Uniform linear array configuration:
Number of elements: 64
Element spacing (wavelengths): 0.75
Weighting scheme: blackman
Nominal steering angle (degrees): -60
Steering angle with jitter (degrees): -61.042
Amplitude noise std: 0.05
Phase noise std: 0.05

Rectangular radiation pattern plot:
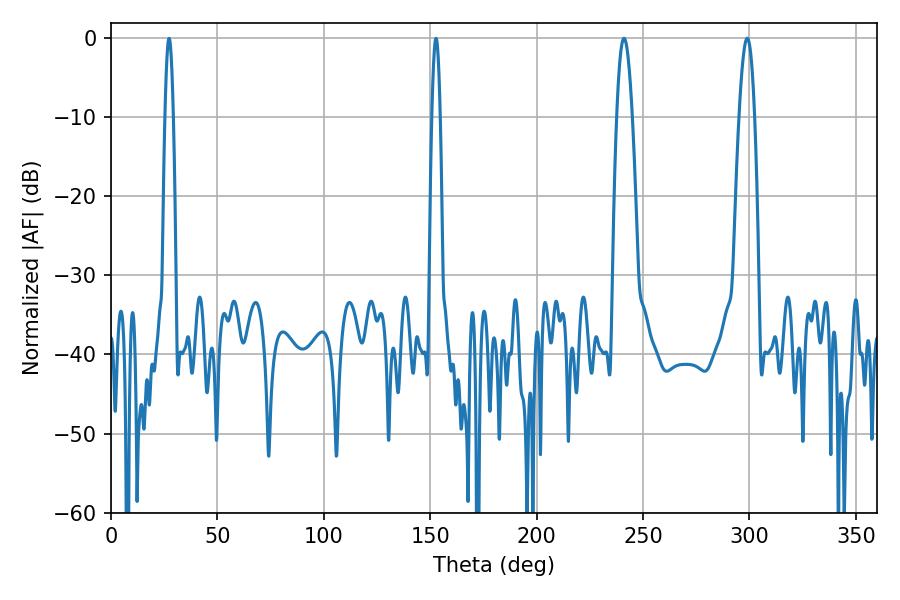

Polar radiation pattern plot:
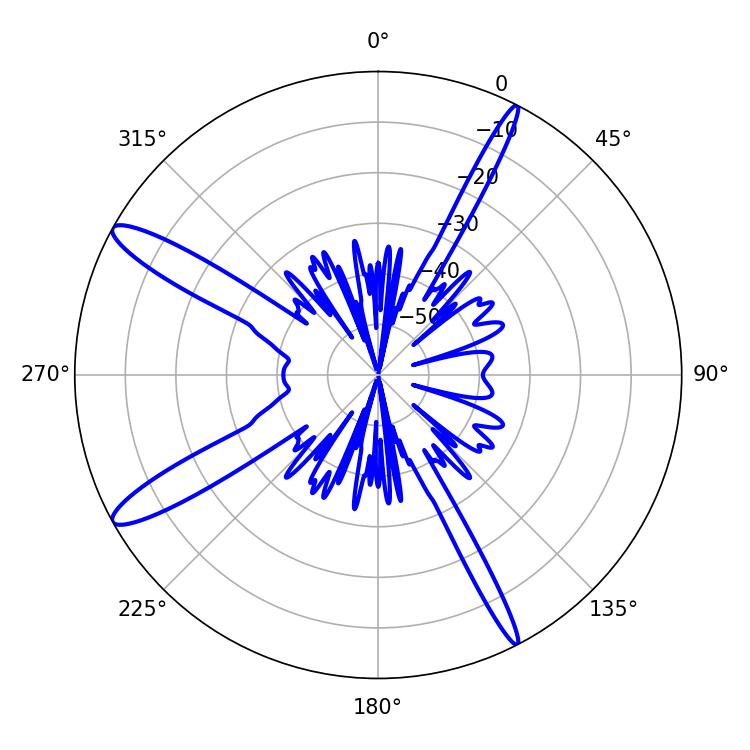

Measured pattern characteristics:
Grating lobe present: TRUE
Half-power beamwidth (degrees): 3.96
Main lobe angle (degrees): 241.02